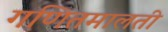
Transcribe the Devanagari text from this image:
गणितमालती